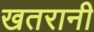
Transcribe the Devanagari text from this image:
खतरानी